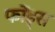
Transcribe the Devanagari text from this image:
फोंड्स